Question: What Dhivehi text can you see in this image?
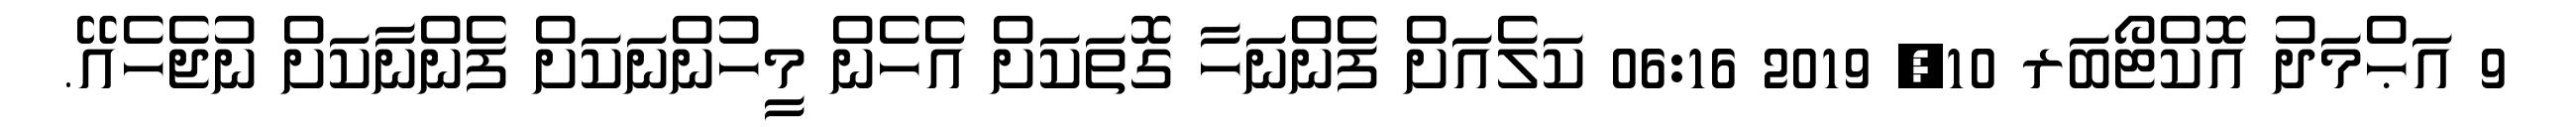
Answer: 9 އަޙްމަދު އޮކްޓޯބަރ 10, 2019 06:16 ކަލެއަށް ފެންނަހާ ގޮތަކަށް އެހެން މީހުންނަކަށް ފެންނާކަށް ނުޖެހެއޭ.